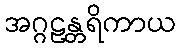
အဂ္ဂဠန္တရိကာယ